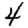
Digit: 4